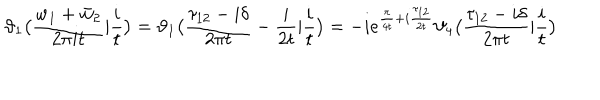
\vartheta _ { 1 } \bigl ( \frac { w _ { 1 } + \bar { w } _ { 2 } } { 2 \pi i t } | \frac { i } { t } \bigr ) = \vartheta _ { 1 } \bigl ( \frac { \tau _ { 1 2 } - i \delta } { 2 \pi t } - \frac { i } { 2 t } | \frac { i } { t } \bigr ) = - i e ^ { \frac { \pi } { 4 t } + i \frac { \tau _ { 1 2 } } { 2 t } } \vartheta _ { 4 } \bigl ( \frac { \tau _ { 1 2 } - i \delta } { 2 \pi t } | \frac { i } { t } \bigr )